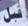
قبل